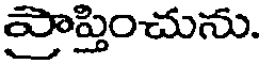
ప్రాప్తించును.